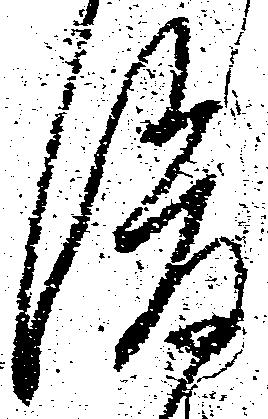
後